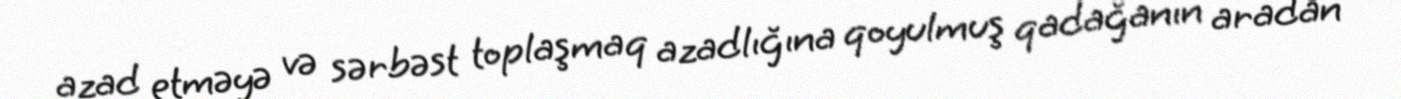
azad etməyə və sərbəst toplaşmaq azadlığına qoyulmuş qadağanın aradan